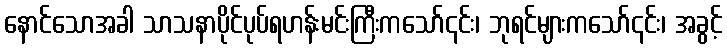
နောင်သောအခါ သာသနာပိုင်ပုပ်ရဟန်းမင်းကြီးကသော်၎င်း၊ ဘုရင်များကသော်၎င်း၊ အခွင့်